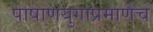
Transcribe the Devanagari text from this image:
पाषाणयुगाप्रमाणेच